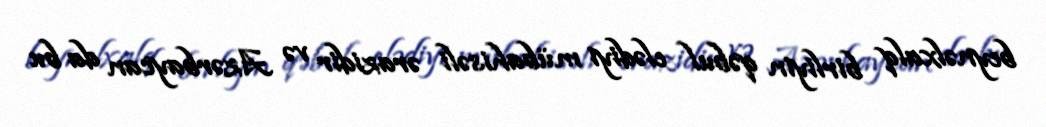
beynəlxalq birliyin qəbul elədiyi mübahisəli ərazidir və Azərbaycan da bu